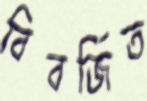
বিবর্জিত